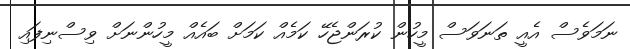
ނަމަވެސް އެއީ ތަނަވަސް މީހުން ކުރަންޖެހޭ ކަމެއް ކަމަށް ބައެއް މީހުންނަށް ވިސްނިފައި